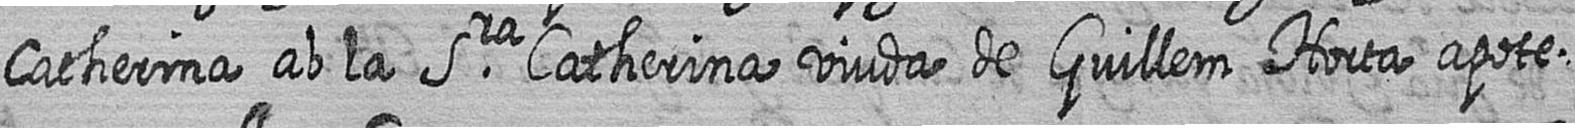
Catherina ab la Sra Catherina viuda de Guillem Horta apote=